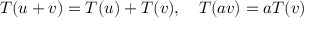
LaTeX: T ( u + v ) = T ( u ) + T ( v ) , \quad T ( a v ) = a T ( v )